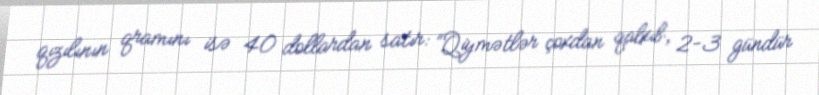
qızılının qramını isə 40 dollardan satır: “Qiymətlər çoxdan qalxıb, 2-3 gündür